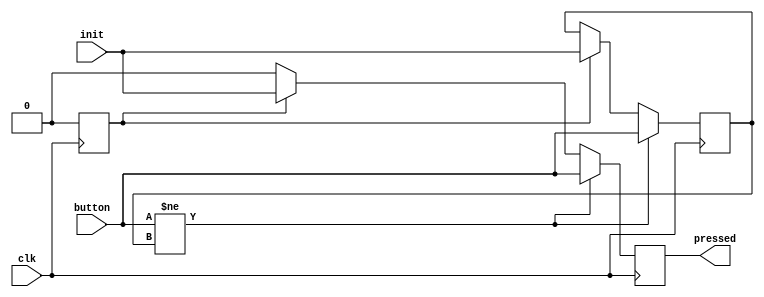

module detect_button (
    input wire clk,
    input wire init,
    input wire button,
    output reg [0:0] pressed
);

reg [0:0] updown = 1'b0;
reg [0:0] start = 1'b1;

always @(posedge clk)
begin
    pressed <= 1'b0;
    start <= 1'b0;
    
    if (start == 1'b1)
    begin
        updown <= init;
        pressed <= init;
    end
    
    if (button != updown)
    begin
        updown <= button;
        pressed <= button;
    end
end

endmodule